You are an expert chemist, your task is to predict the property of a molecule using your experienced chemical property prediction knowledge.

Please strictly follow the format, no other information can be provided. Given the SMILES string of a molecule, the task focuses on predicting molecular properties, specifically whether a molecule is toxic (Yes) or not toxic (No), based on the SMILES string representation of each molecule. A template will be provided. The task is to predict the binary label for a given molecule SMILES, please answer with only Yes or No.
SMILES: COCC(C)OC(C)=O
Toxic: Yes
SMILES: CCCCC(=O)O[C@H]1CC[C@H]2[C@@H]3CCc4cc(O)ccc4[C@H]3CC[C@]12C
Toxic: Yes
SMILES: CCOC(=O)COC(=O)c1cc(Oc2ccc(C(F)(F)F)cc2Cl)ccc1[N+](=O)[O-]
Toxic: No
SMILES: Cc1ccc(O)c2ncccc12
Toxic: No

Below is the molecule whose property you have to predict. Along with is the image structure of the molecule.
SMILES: OCCOc1ccccc1
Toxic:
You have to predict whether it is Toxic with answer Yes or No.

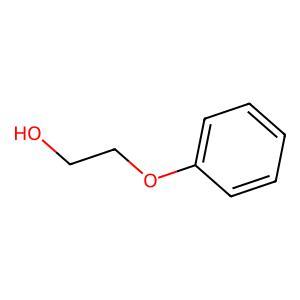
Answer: No